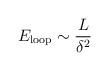
LaTeX: \begin{align*}E_{\rm loop} \sim \frac{L}{\delta^2} \end{align*}